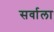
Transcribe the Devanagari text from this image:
सर्वाला